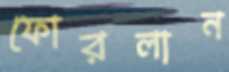
ফোরলান